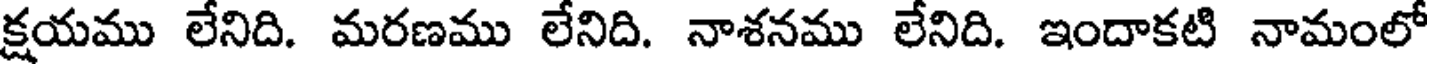
క్షయము లేనిది. మరణము లేనిది. నాశనము లేనిది. ఇందాకటి నామంలో